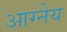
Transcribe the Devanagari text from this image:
आग्‍नेय